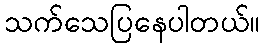
သက်သေပြနေပါတယ်။